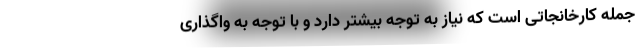
جمله کارخانجاتی است که نیاز به توجه بیشتر دارد و با توجه به واگذاری